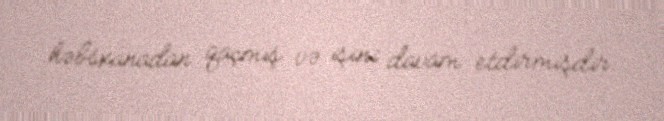
həbsxanadan qaçmış və işini davam etdirmişdir.